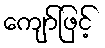
ကျော်ဖြင့်